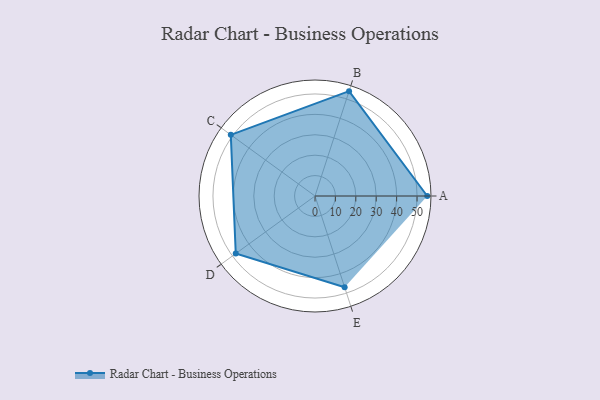
{"axis": {"x": "Skill", "y": "Score"}, "legend": ["Profile"], "data": [{"x": "A", "y": 55.0, "type": "Profile"}, {"x": "B", "y": 54.0, "type": "Profile"}, {"x": "C", "y": 51.0, "type": "Profile"}, {"x": "D", "y": 48.0, "type": "Profile"}, {"x": "E", "y": 47.0, "type": "Profile"}]}